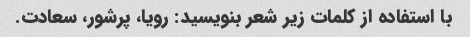
با استفاده از کلمات زیر شعر بنویسید: رویا، پرشور، سعادت.